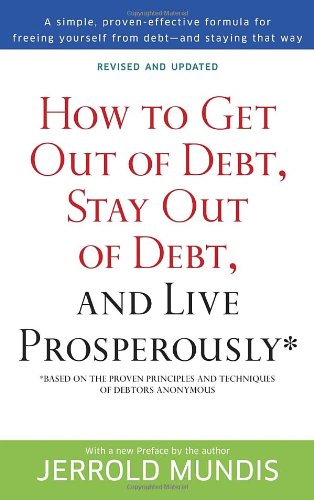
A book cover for How to Get Out of Debt, Stay Out of Debt, and Live Prosperously*: Based on the Proven Principles and Techniques of Debtors Anonymous; Jerrold Mundis; Business & Money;